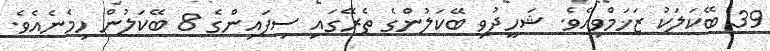
39 ބޭކަލަކު ޒަޚަމްވިއެވެ. ޝަހީދުވި ބޭކަލުންގެ ތެރޭގައި ސިފައިންގެ 8 ބޭކަލުން ހިމެނެއެވެ.